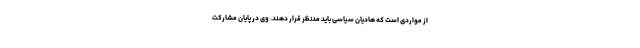
از مواردی است که هادیان سیاسی باید مدنظر قرار دهند. وی در پایان مشارکت